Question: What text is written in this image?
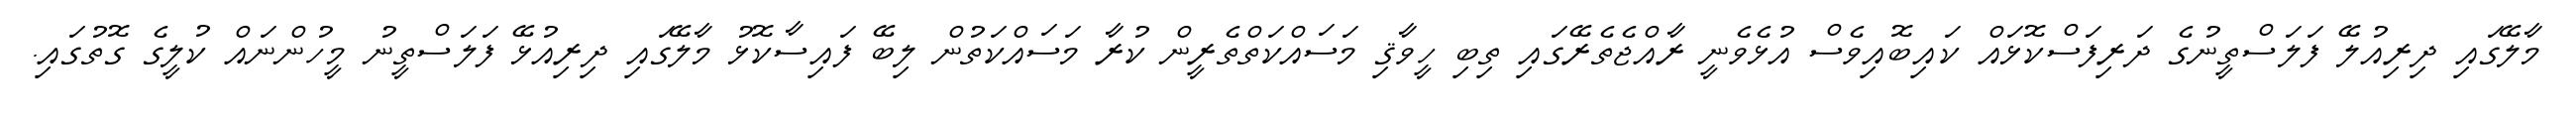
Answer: މާލޭގައި ދިރިއުލޭ ފަލަސްތީނުގެ ދަރިފަސްކޮޅައް ކައިބޮއިވެސް އުޅެވެނީ ރާއްޖެތެރޭގައި ތިބި ހީވާޤި މަސައްކަތްތެރީން ކުރާ މަސައްކަތުން ލިބޭ ފައިސާކޮޅު މާލޭގައި ދިރިއުޅޭ ފަލަސްތީނު މީހުންނައް ކުލީގެ ގޮތުގައި.